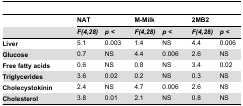
|  | <COLSPAN=2> NAT | <COLSPAN=2> M-Milk | <COLSPAN=2> 2MB2 |
 |  | F(4,28) | p< | F(4,28) | p< | F(4,28) | p< |
 | --- | --- | --- | --- | --- | --- | --- |
 | Liver | 5.1 | 0.003 | 1.4 | NS | 4.4 | 0.006 |
 | Glucose | 0.7 | NS | 4.4 | 0.006 | 2.6 | NS |
 | Free fatty acids | 0.6 | NS | 0.8 | NS | 3.4 | 0.02 |
 | Triglycerides | 3.6 | 0.02 | 0.2 | NS | 0.3 | NS |
 | Cholecystokinin | 2.4 | NS | 4.7 | 0.006 | 2.6 | NS |
 | Cholesterol | 3.8 | 0.01 | 2.1 | NS | 0.8 | NS |